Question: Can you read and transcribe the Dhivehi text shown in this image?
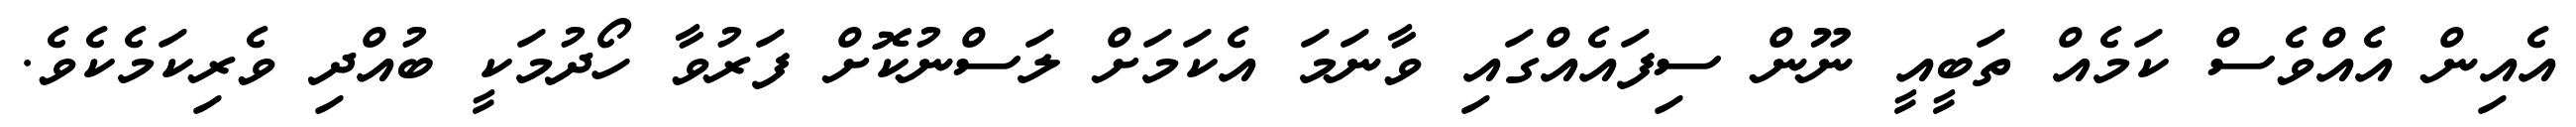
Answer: އެއިން އެއްވެސް ކަމެއް ތަބީއީ ނޫން ސިފައެއްގައި ވާނަމަ އެކަމަށް ލަސްނުކޮށް ފަރުވާ ހޯދުމަކީ ބުއްދި ވެރިކަމެކެވެ.